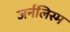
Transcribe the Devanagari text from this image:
जर्नलिस्म